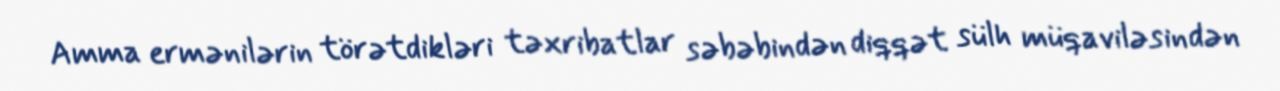
Amma ermənilərin törətdikləri təxribatlar səbəbindən diqqət sülh müqaviləsindən